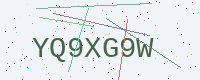
Text: YQ9XG9W